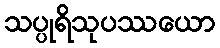
သပ္ပုရိသုပဿယော